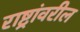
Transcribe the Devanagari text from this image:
राष्ट्रांवरील